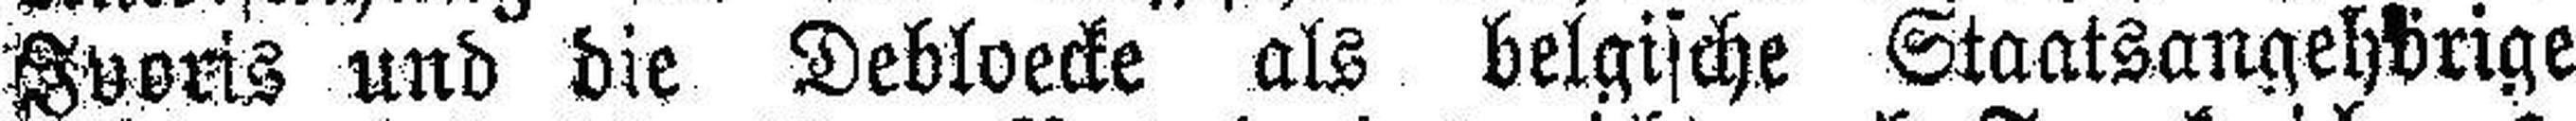
Ivoris und die Debloecke als belgische Staatsangehörige